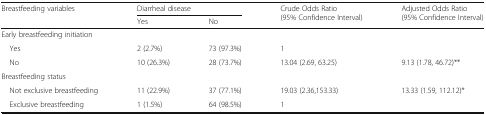
<table><thead><tr><td rowspan="2"><b>Breastfeeding variables</b></td><td colspan="2"><b>Diarrheal disease</b></td><td rowspan="2"><b>Crude Odds Ratio (95% Confidence Interval)</b></td><td rowspan="2"><b>Adjusted Odds Ratio (95% Confidence Interval)</b></td></tr><tr><td><b>Yes</b></td><td><b>No</b></td></tr></thead><tbody><tr><td colspan="5">Early breastfeeding initiation</td></tr><tr><td> Yes</td><td>2 (2.7%)</td><td>73 (97.3%)</td><td>1</td><td></td></tr><tr><td> No</td><td>10 (26.3%)</td><td>28 (73.7%)</td><td>13.04 (2.69, 63.25)</td><td>9.13 (1.78, 46.72)**</td></tr><tr><td colspan="5">Breastfeeding status</td></tr><tr><td> Not exclusive breastfeeding</td><td>11 (22.9%)</td><td>37 (77.1%)</td><td>19.03 (2.36,153.33)</td><td>13.33 (1.59, 112.12)*</td></tr><tr><td> Exclusive breastfeeding</td><td>1 (1.5%)</td><td>64 (98.5%)</td><td>1</td><td></td></tr></tbody></table>